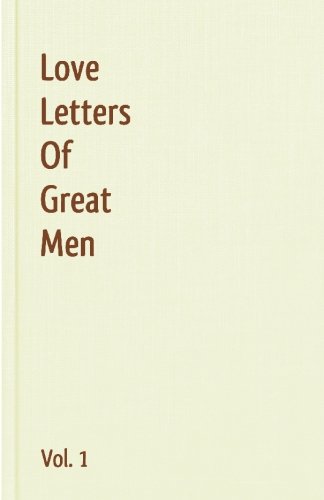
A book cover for Love Letters Of Great Men - Vol. 1; Ludwig van Beethoven; Literature & Fiction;